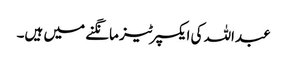
عبداللہ کی ایکسپرٹیز مانگنے میں ہیں۔